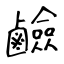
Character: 鹼